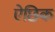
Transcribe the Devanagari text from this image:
ऐछिक